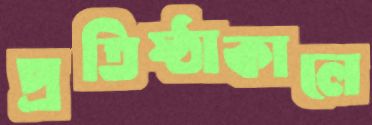
প্রতিষ্ঠাকালে